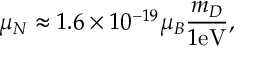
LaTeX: \mu _ { N } \approx 1 . 6 \times 1 0 ^ { - 1 9 } \mu _ { B } \frac { m _ { D } } { 1 \mathrm { e V } } ,